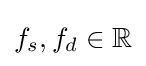
f_{s},f_{d}\in \mathbb {R}